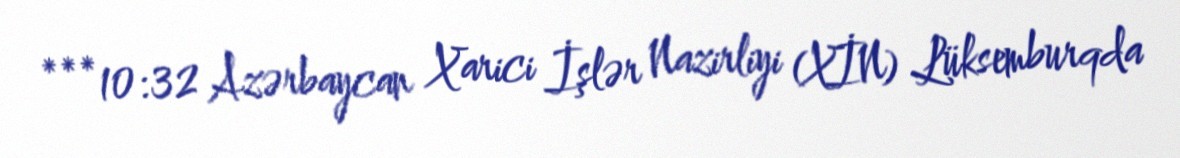
***10:32 Azərbaycan Xarici İşlər Nazirliyi (XİN) Lüksemburqda